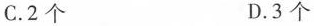
C.2个 D.3个